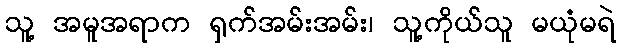
သူ့ အမူအရာက ရှက်အမ်းအမ်း၊ သူ့ကိုယ်သူ မယုံမရဲ